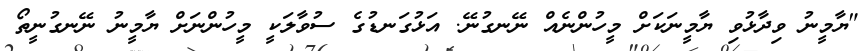
"ޔާމީނު ވިދާޅުވި ޔާމީނަކަށް މީހުންނެއް ނޭނގުނޭ. އަޅުގަނޑުގެ ސުވާލަކީ މީހުންނަށް ޔާމީނު ނޭނގުނީތޯ